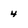
Character: 4